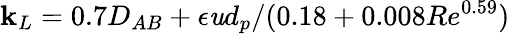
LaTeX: \mathbf{k}_{L}=0.7D_{AB}+\epsilon\mathit{u}d_{p}/(0.18+0.008Re^{0.59})